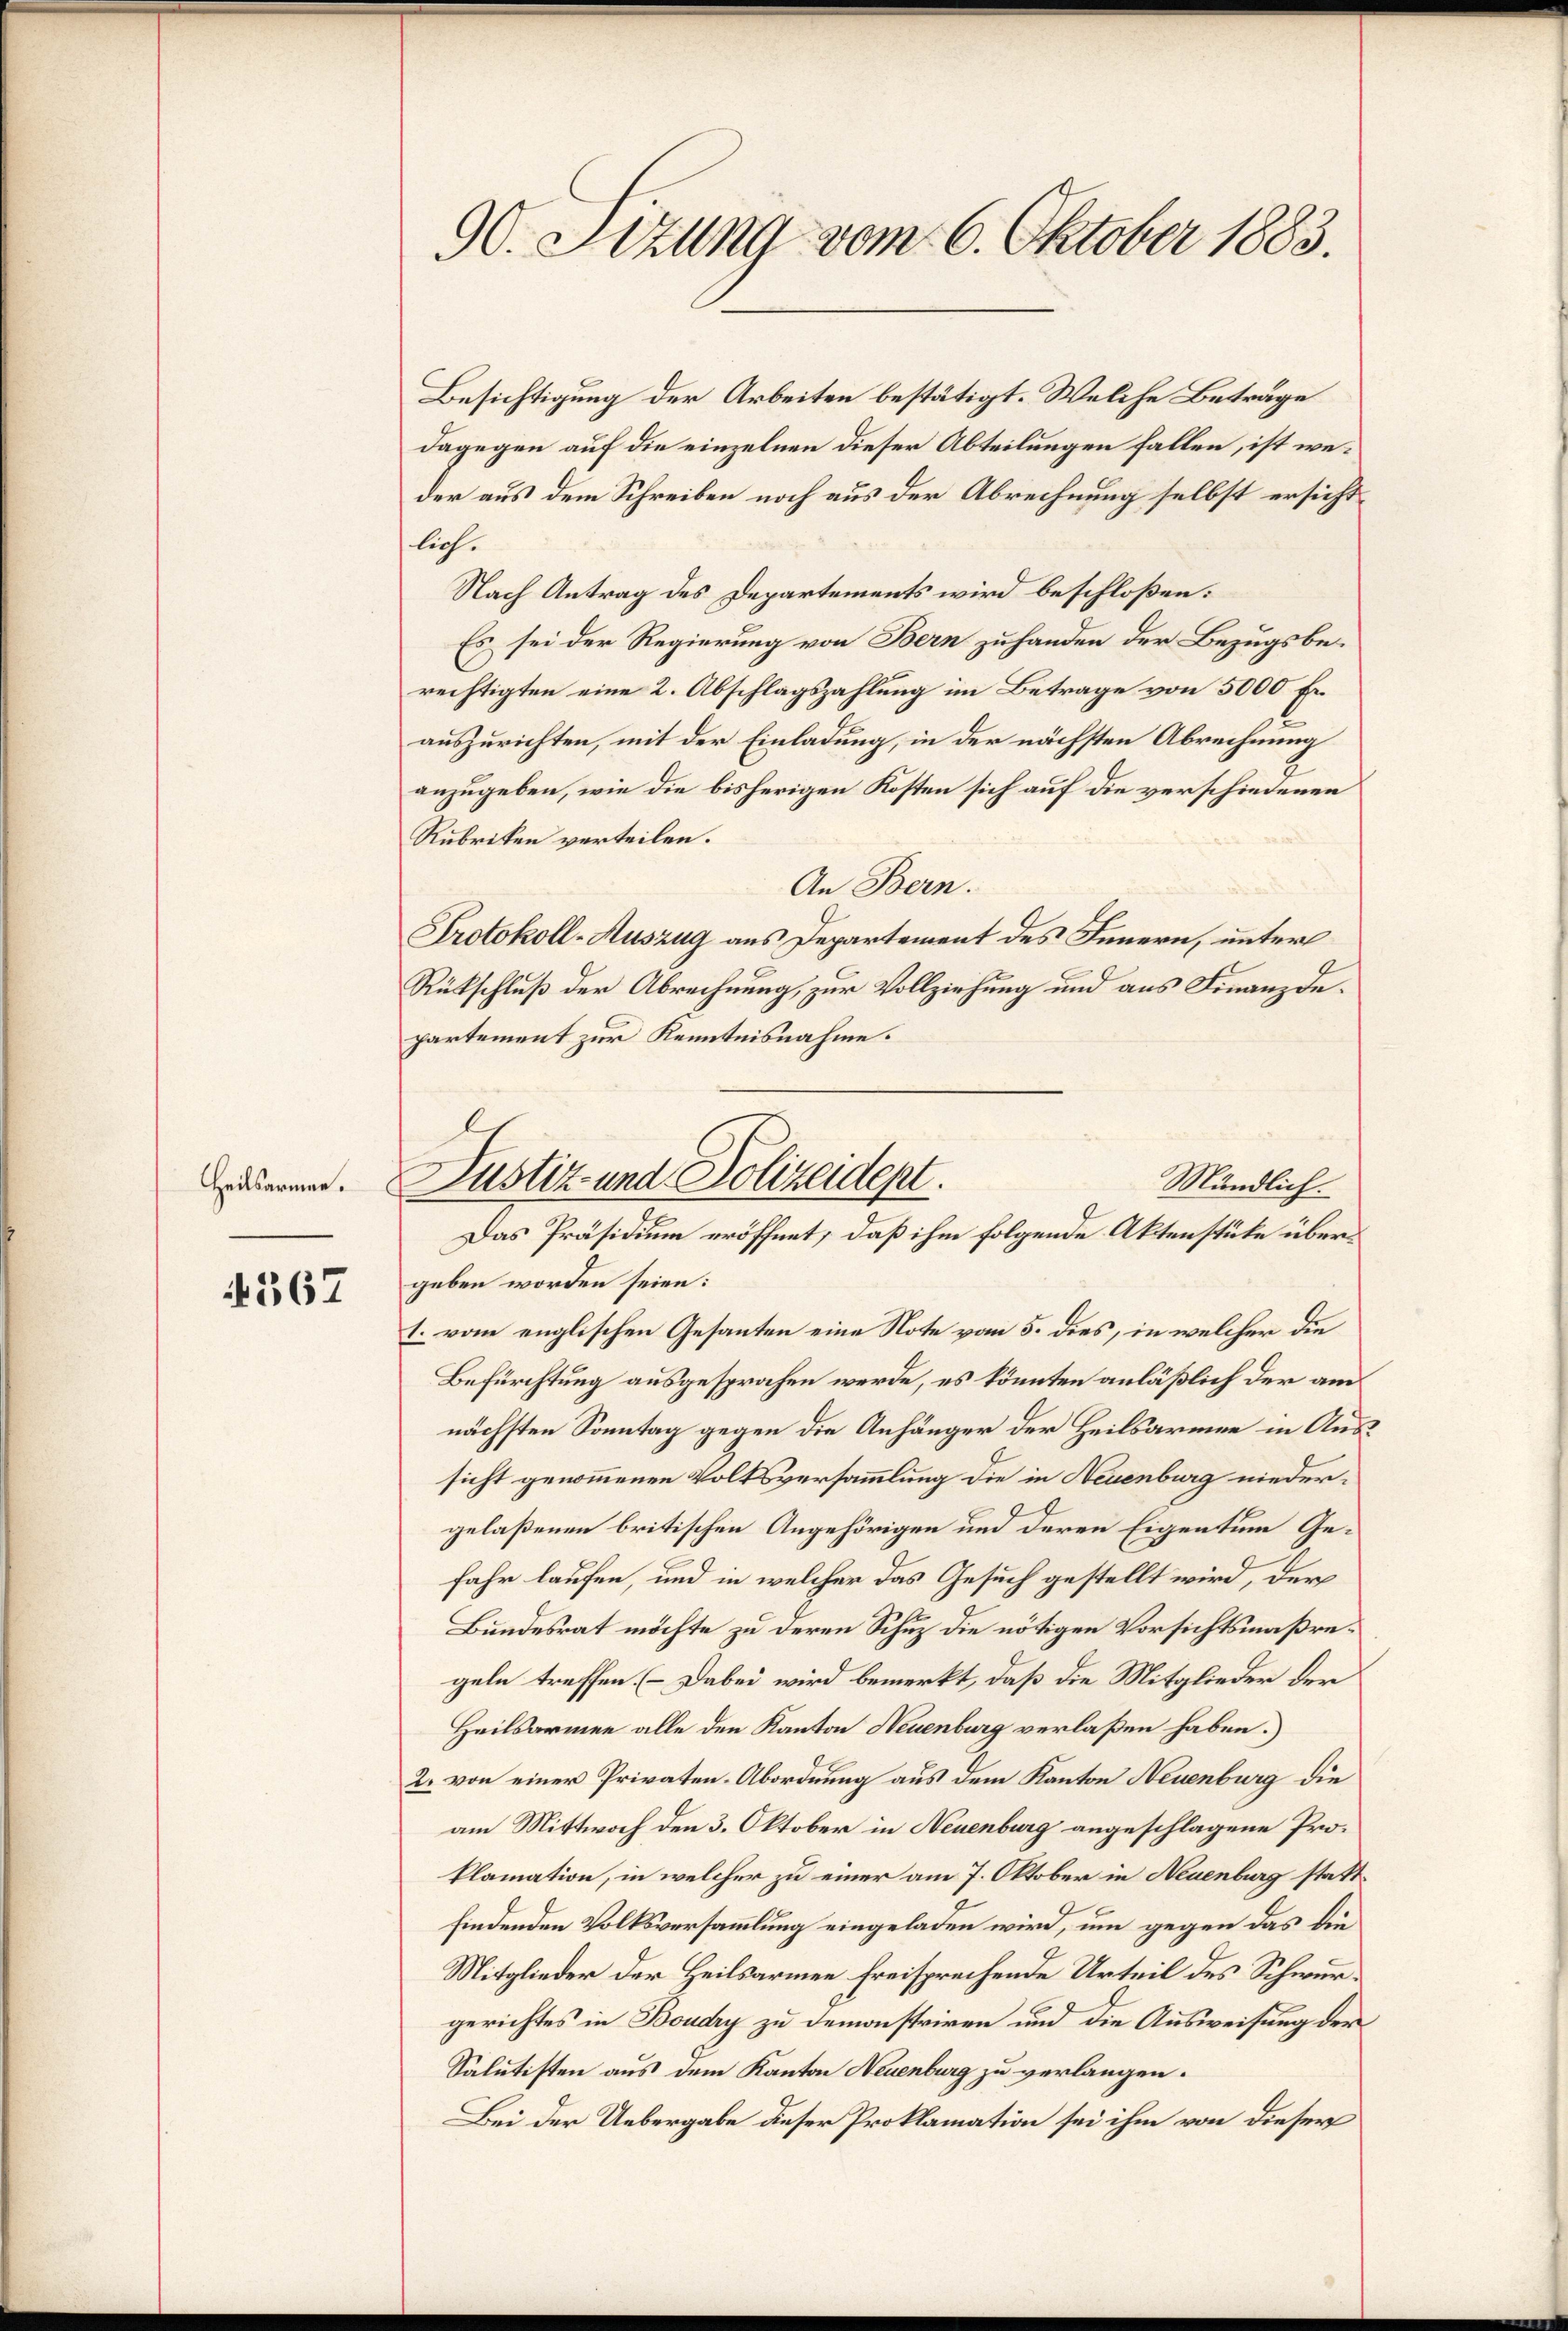
Heilsarmen.

4367

90. Sitzung vom 6. Oktober 1883.

Besichtigung der Arbeiten bestätigt. Welche Beträge
dagegen auf die einzelnen dieser Abteilungen fallen, ist weder aus dem Schreiben noch aus der Abrechnung selbst ersichtlich.
Nach Antrag des Departements wird beschloßen:
Es sei der Regierung von Bern zu handen der Bezugsbe¬
C
rechtigten eine 2. Abschlagszahlung im Betrage von 5000 Fr
auszurichten, mit der Einladung, in der nächsten Abrechnung
anzugeben, wie die bisherigen Kosten sich auf die verschiedenen
Rubriken verteilen.
An Bern.
Protokoll-Auszug aus Departement des Innern, unter
Rückschluß der Abrechnung, zur Vollziehung und aus Finanzdepartement zur Kenntnisnahme.
geben worden seien:
1. vom englischen Gesanten eine Note vom 5. dies, in welcher die
Befürchtung ausgesprochen werde, es könnten anläßlich der am
nächsten Sonntag gegen die Anhänger der Heilsarmee in Aussicht genommenen Volksversammlung die in Neuenburg niedergelaßenen britischen Angehörigen und deren Eigentum Gefahr laufen, und in welcher das Gesuch gestellt wird, der
Bundesrat möchte zu deren Schuz die nötigen Vorsichtsmaßregeln treffen. (Dabei wird bemerkt, daß die Mitglieder der
Heilsarmee alle den Kanton Neuenburg verlaßen haben.)
2. von einer Privaten-Abordnung aus dem Kanton Neuenburg die
am Mittwoch den 3. Oktober in Neuenburg angeschlagene Proklamation, in welcher zu einer am 7. Oktober in Neuenburg statt
findenden Volksversammlung eingeladen wird, um gegen das die
Mitglieder der Heilsarmee freisprechende Urteil des Schwurgerichtes in Boudry zu demonstriren und die Ausweisung der
Salutisten aus dem Kanton Neuenburg zu verlangen.
Bei der Uebergabe dieser Proklamation sei ihm von dieser

Justiz- und Polizeidept.
Mändlich.
Das Präsidium eröffnet, daß ihm folgende Aktenstüke über¬